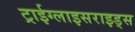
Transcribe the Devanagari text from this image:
ट्राईग्लाइसराइड्स